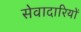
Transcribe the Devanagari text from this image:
सेवादारियों